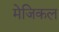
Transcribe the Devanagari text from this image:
मेजिकल